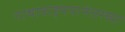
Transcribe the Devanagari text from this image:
गाथावाड्मयानंतरच्या